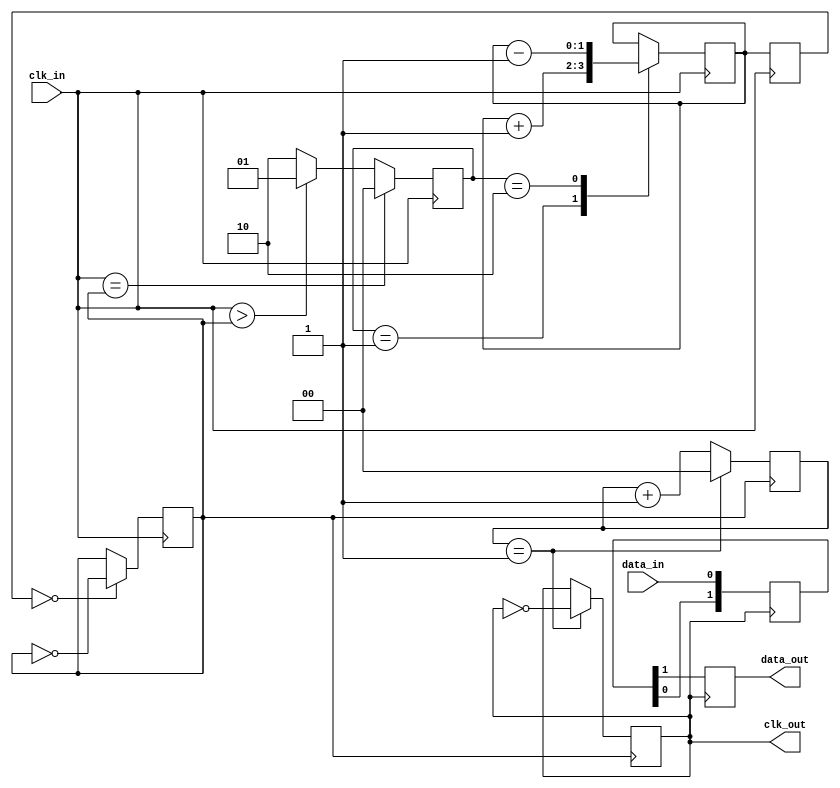
module pll_synchronizer (
    input wire clk_in,          // Incoming data clock
    input wire data_in,         // Incoming data signal
    output reg clk_out,         // Synchronized output clock
    output reg data_out         // Synchronized output data
);

// Parameters
parameter DIV_FACTOR = 2;      // Clock Divider Factor
parameter LOCKED = 1'b1;        // PLL Lock Status

// Internal Signals
reg [1:0] phase_error;           // Phase error signal
reg [1:0] vco_ctrl;              // VCO Control Signal
reg vco_clk;                     // VCO output clock
reg [1:0] loop_filter;           // Loop Filter output
reg [1:0] clk_div;               // Clock Divider

// Phase Detector (PD)
always @(posedge clk_in) begin
    // Compare phase of incoming clk_in with vco_clk
    if (clk_in == vco_clk)
        phase_error <= 2'b00; // No error
    else if (clk_in > vco_clk)
        phase_error <= 2'b01; // Advance vco_clk
    else
        phase_error <= 2'b10; // Delay vco_clk
end

// Loop Filter (LF)
always @(posedge clk_in) begin
    // Simple low-pass filter implementation
    case (phase_error)
        2'b00: loop_filter <= loop_filter; // No change
        2'b01: loop_filter <= loop_filter + 1; // Increase
        2'b10: loop_filter <= loop_filter - 1; // Decrease
        default: loop_filter <= loop_filter;
    endcase
end

// Voltage-Controlled Oscillator (VCO)
always @(posedge clk_in) begin
    // Generate vco_clk based on loop_filter value
    vco_ctrl <= loop_filter; // Control signal for VCO
    if (vco_ctrl == 2'b00)
        vco_clk <= ~vco_clk; // Toggle clock
    // Additional control logic for VCO may be added here
end

// Clock Divider
always @(posedge vco_clk) begin
    if (clk_div == DIV_FACTOR - 1) begin
        clk_out <= ~clk_out; // Output clock toggling
        clk_div <= 0;       // Reset divider
    end else begin
        clk_div <= clk_div + 1; // Increment divider
    end
end

// Data Synchronization Circuit
reg [1:0] sync_flops; // Two-stage synchronizer

always @(posedge clk_out) begin
    sync_flops[0] <= data_in; // First stage
    sync_flops[1] <= sync_flops[0]; // Second stage
    data_out <= sync_flops[1]; // Synchronized output data
end

endmodule